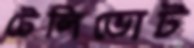
টেলিভোট